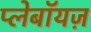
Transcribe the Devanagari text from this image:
प्लेबॉयज़